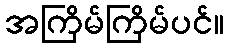
အကြိမ်ကြိမ်ပင်။